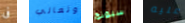
فى وتعالي سيونج عليه